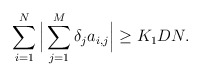
\begin{align*} \sum_{i=1}^N \Big|\sum_{j=1}^M \delta_j a_{i,j}\Big|\geq K_{1} D N.\end{align*}